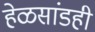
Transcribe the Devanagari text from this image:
हेळसांडही